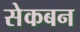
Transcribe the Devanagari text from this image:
सेकबन